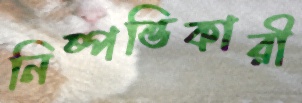
নিষ্পত্তিকারী